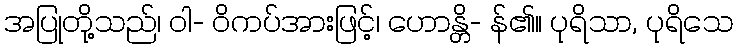
အပြုတို့သည်၊ ဝါ- ဝိကပ်အားဖြင့်၊ ဟောန္တိ- န်၏။ ပုရိသာ, ပုရိသေ